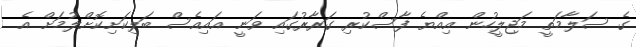
ގެ ސަލާމަތީ މަޖިލީހުން އިއްޔެ ފާސްކުރި ގަރާރުގައި ވަނީ އައިއެސް ބަލިކަށިކޮށްލުމަށް އެ